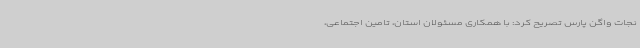
نجات واگن پارس تصریح کرد: با همکاری مسئولان استان، تامین اجتماعی،